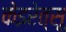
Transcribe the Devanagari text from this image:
केइरेत्सू